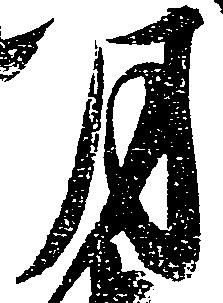
月